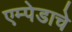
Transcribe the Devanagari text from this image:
एम्पेडाचे